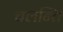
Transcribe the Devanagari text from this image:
चलन्ति